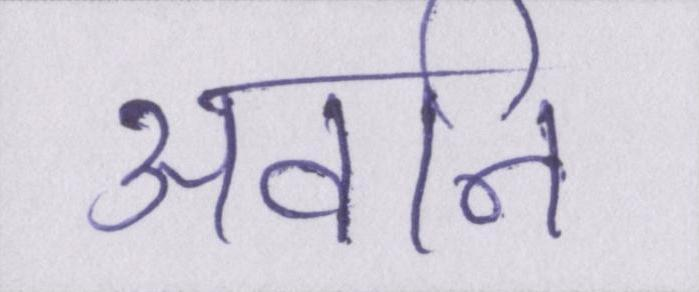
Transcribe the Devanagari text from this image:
अवनि